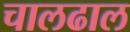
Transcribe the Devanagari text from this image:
चालढाल